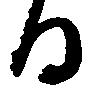
る